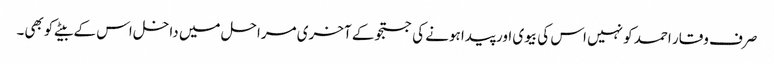
صرف وقار احمد کو نہیں اس کی بیوی اور پیدا ہونے کی جستجو کے آخری مراحل میں داخل اس کے بیٹے کوبھی۔